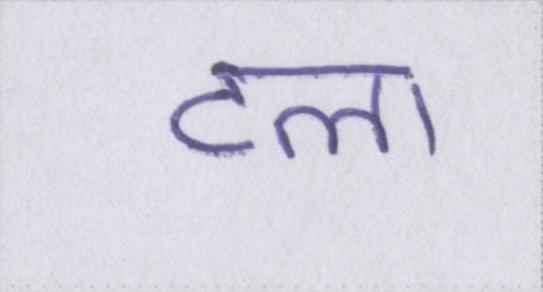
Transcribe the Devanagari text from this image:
टला